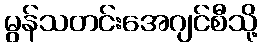
မွန်သတင်းအေဂျင်စီသို့